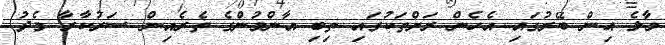
މާލެ އިން ބޭރުގައި އެހެން ރަށްތަކުގައި ތިބި އާންމުންގެ ތެރެއިން ސަރުކާރާ މެދު